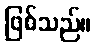
ဖြစ်သည်။